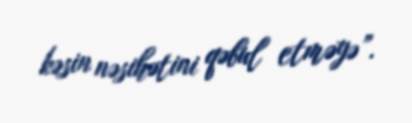
kəsin nəsihətini qəbul etməyə”.